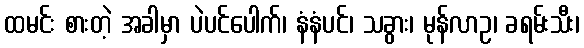
ထမင်း စားတဲ့ အခါမှာ ပဲပင်ပေါက်၊ နံနံပင်၊ သခွား၊ မုန်လာဥ၊ ခရမ်းသီး၊